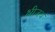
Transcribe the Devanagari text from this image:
श्रीजय